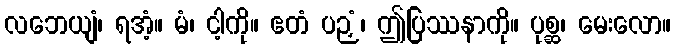
လဘေယျံ၊ ရအံ့။ မံ၊ ငါ့ကို။ ဧတံ ပဉှံ၊ ဤပြဿနာကို။ ပုစ္ဆ၊ မေးလော။